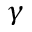
\gamma